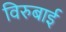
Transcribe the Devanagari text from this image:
विरुबाई